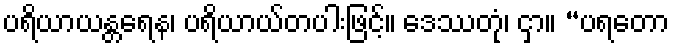
ပရိယာယန္တရေန၊ ပရိယာယ်တပါးဖြင့်။ ဒေဿတုံ၊ ငှာ။ “ပရတော